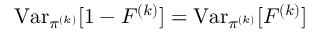
\operatorname { V a r } _ { \pi ^ { ( k ) } } [ 1 - F ^ { ( k ) } ] = \operatorname { V a r } _ { \pi ^ { ( k ) } } [ F ^ { ( k ) } ]